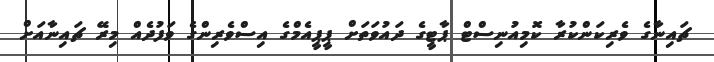
ޗައިނާގެ ވެރިކަންކުރާ ކޮމިއުނިސްޓް ޕާޓީގެ ދައުވަތަށް ޕީޕީއެމްގެ އިސްވެރިންގެ ވަފުދެއް މިރޭ ޗައިނާއަށް